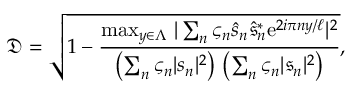
\mathfrak { D } = \sqrt { 1 - \frac { \operatorname* { m a x } _ { y \in \Lambda } \, \vert \sum _ { n } \varsigma _ { n } \hat { s } _ { n } \hat { \mathfrak { s } } _ { n } ^ { \ast } \mathrm { e } ^ { 2 i \pi n y / \ell } \vert ^ { 2 } } { \left( \sum _ { n } \varsigma _ { n } \vert s _ { n } \vert ^ { 2 } \right) \, \left( \sum _ { n } \varsigma _ { n } \vert \mathfrak { s } _ { n } \vert ^ { 2 } \right) } } ,